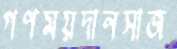
গণময়দানসাজ